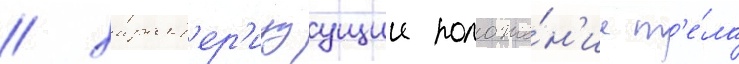
/ характ'ер'изуущии положе́н'ие т'е́ла